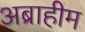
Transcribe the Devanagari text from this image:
अब्राहीम